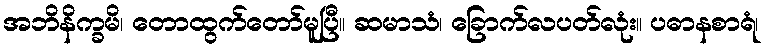
အဘိနိက္ခမိ၊ တောထွက်တော်မူပြီ။ ဆမာသံ၊ ခြောက်လပတ်လုံး။ ပဓာနစာရံ၊